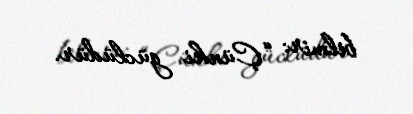
bilmir: “Çünki güclüdür.